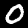
Label: 0